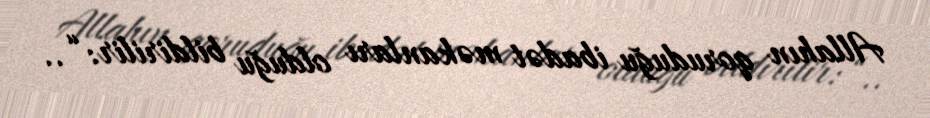
Allahın qoruduğu ibadət məkanları olduğu bildirilir: “..